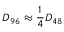
D _ { 9 6 } \approx { \frac { 1 } { 4 } } D _ { 4 8 }